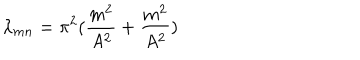
\lambda _ { m n } = \pi ^ { 2 } ( { \frac { m ^ { 2 } } { A ^ { 2 } } } + { \frac { m ^ { 2 } } { A ^ { 2 } } } )